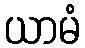
ယာမံ